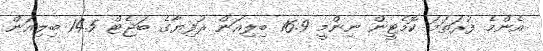
އެންމެ ފުރަތަމަ ކޮމެޓީން ނިންމީ 16.9 ބިލިއަން ރުފިޔާގެ ބަޖެޓް 14.5 ބިލިއަން